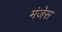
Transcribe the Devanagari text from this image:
मंजेस